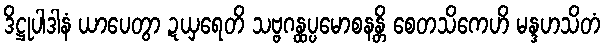
ဒိဋ္ဌုပါဒါနံ ယာပေတွာ ဍယှရေတိ သဗ္ဗဂန္ထပ္ပမောစနန္တိ စေတသိကေဟိ မန္ဒဟသိတံ